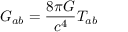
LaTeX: G _ { a b } = { \frac { 8 \pi G } { c ^ { 4 } } } T _ { a b }